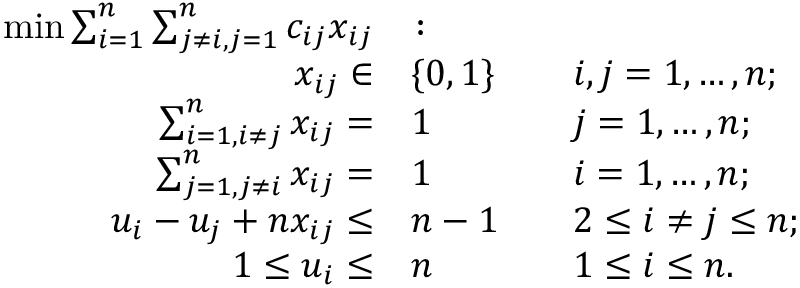
{ \begin{array} { r l r l } { \operatorname* { m i n } \sum _ { i = 1 } ^ { n } \sum _ { j \neq i , j = 1 } ^ { n } c _ { i j } x _ { i j } } & { \colon } & & { } \\ { x _ { i j } \in } & { \{ 0 , 1 \} } & & { i , j = 1 , \ldots , n ; } \\ { \sum _ { i = 1 , i \neq j } ^ { n } x _ { i j } = } & { 1 } & & { j = 1 , \ldots , n ; } \\ { \sum _ { j = 1 , j \neq i } ^ { n } x _ { i j } = } & { 1 } & & { i = 1 , \ldots , n ; } \\ { u _ { i } - u _ { j } + n x _ { i j } \leq } & { n - 1 } & & { 2 \leq i \neq j \leq n ; } \\ { 1 \leq u _ { i } \leq } & { n } & & { 1 \leq i \leq n . } \end{array} }